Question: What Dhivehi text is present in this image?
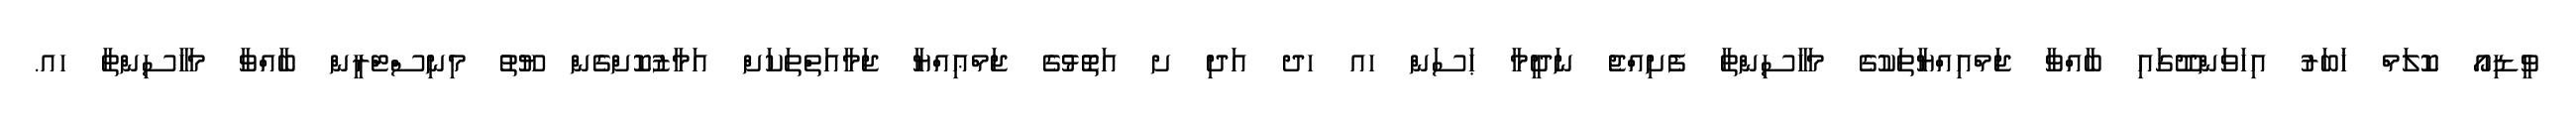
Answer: ވީޑިއޯ ކޮލަމް ޚަބަރު އިހަވަންދޫގައި ބާއްވާ ޖަމްއިއްޔާތަކުގެ މަހާސިންތާ ފެށިއްޖެ ނަދީމާ ޙަސަން ހއ ހދ އަދި ށ އަތޮޅުގެ ޖަމްޢިއްޔާ ޖަމާއަތްތަކަށް އަމާޒުކޮށްގެން ޔޫތު މިނިސްޓްރީން ބާއްވާ މަހާސިންތާ ހއ.